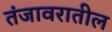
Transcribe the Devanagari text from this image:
तंजावरातील